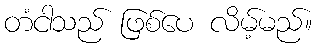
တံငါသည် ဖြစ်ပေ လိမ့်မည်။